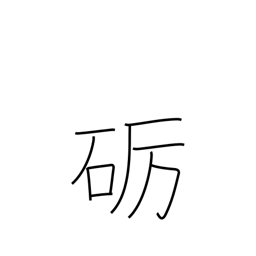
Meaning: polish